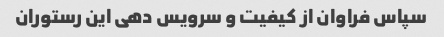
سپاس فراوان از کیفیت و سرویس دهی این رستوران